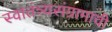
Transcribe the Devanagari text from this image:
स्वातंत्र्यसंग्रामाची